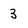
Character: 3